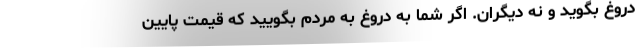
دروغ بگوید و نه دیگران. اگر شما به دروغ به مردم بگویید که قیمت پایین